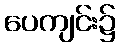
ပေကျင်း၌